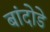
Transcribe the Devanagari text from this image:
बांदोडे